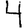
Digit: 4